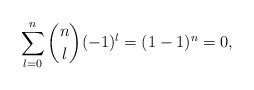
\begin{align*} \sum_{l=0}^n\binom{n}{l}(-1)^l=(1-1)^n=0,\end{align*}